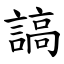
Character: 謞